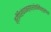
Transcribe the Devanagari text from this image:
त्रीणिसंचयनस्यार्थेतानिवैशृणुसांप्रतं